Civil Veterinary Department Bengal reports 1923-33 - 1923-1933
Year: 1923
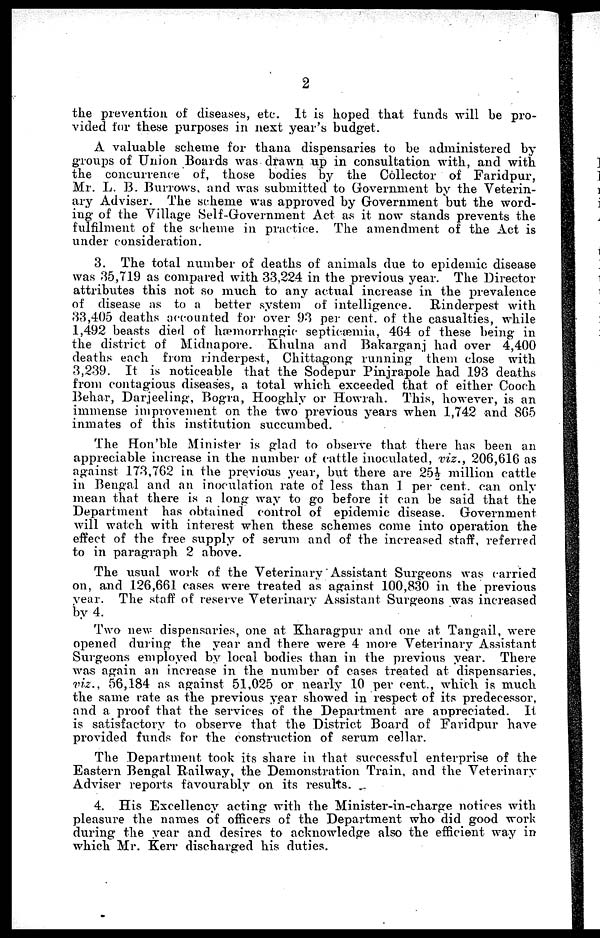
2
the prevention of diseases, etc. It is hoped that funds will be pro-
vided for these purposes in next year's budget.
A valuable scheme for thana dispensaries to be administered by
groups of Union Boards was drawn up in consultation with, and with
the concurrence of, those bodies by the Collector of Faridpur,
Mr. L. 13. Burrows, and was submitted to Government by the Veterin-
ary Adviser. The scheme was approved by Government but the word-
iug of the Village Self-Government Act as it now stands prevents the
fulfilment of the scheme in practice. The amendment of the Act is
under consideration.
3. The total number of deaths of animals due to epidemic disease
was 35,719 as compared with 33,224 in the previous year. The Director
attributes this not so much to any actual increase in the prevalence
of disease as to a better system of intelligence. Rinderpest with
33,405 deaths accounted for over 93 per cent. of the casualties, while
1,492 beasts died of hæmorrhagie septicæmia, 404 of these being in
the district of Miclnapore. Khulna and Bakarganj had over 4,400
deaths each from rinderpest, Chittagong running them close with
3,239. It is noticeable that the Sodepur Pinjrapole had 193 deaths
from contagious diseases, a total which exceeded that of either Cooch
Behar, Darjeeling, Bogra, Hooghly or Howrah. This, however, is an
immense improvement on the two previous years when 1,742 and 805
inmates of this institution succumbed.
The Hon'ble Minister is glad to observe that there has been an
appreciable increase in the number of cattle inoculated, viz., 206,616 as
against 173,762 in the previous year, but there are 25½ million cattle
in Bengal and an inoculation rate of less than 1 per cent. can only
mean that there is a long way to go before it can be said that the
Department has obtained control of epidemic disease. Government
will watch with interest when these schemes come into operation the
effect of the free supply of serum and of the increased staff, referred
to in paragraph 2 above.
The usual work of the Veterinary Assistant Surgeons was carried
on, and 126,661 cases were treated as against 100,830 in the previous
year. The staff of reserve Veterinary Assistant Surgeons was increased
by 4.
Two new dispensaries, one at Kharagpur and one at Tangail, were
opened during the year and there were 4 more Veterinary Assistant
Surgeons employed by local bodies than in the previous year. There
was again an increase in the number of cases treated at dispensaries,
viz., 56,184 as against 51,025 or nearly 10 per cent., which is much
the same rate as the previous year showed in respect of its predecessor,
and a proof that the services of the Department are appreciated. It
is satisfactory to observe that the District Board of Faridpur have
provided funds for the construction of serum cellar.
The Department took its share in that successful enterprise of the
Eastern Bengal Railway, the Demonstration Train, and the Veterinary
Adviser reports favourably on its results.
4. His Excellency acting with the Minister-in-charge notices with
pleasure the names of officers of the Department who did good work
during the year and desires to acknowledge also the efficient way in
which Mr. Kerr discharged his duties.